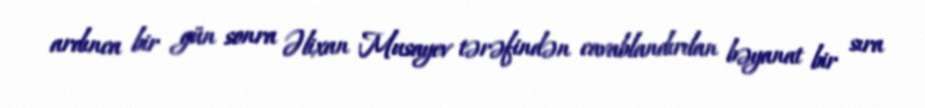
ardınca bir gün sonra Əlixan Musayev tərəfindən cavablandırılan bəyanat bir sıra